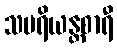
သပရိယန္တစာရီ